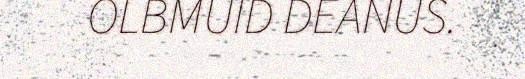
OLBMUID DEANUS.